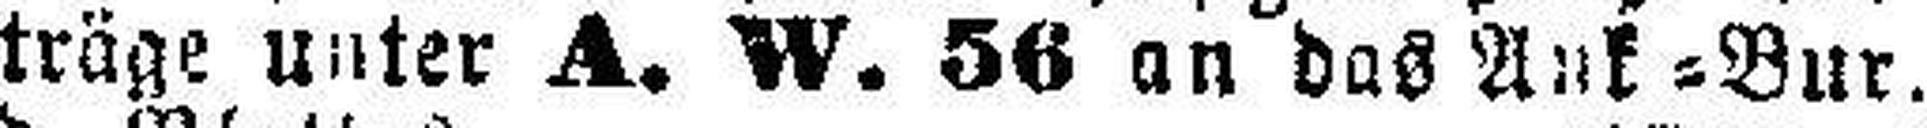
träge unter A. W. 56 an das Ank=Bur.